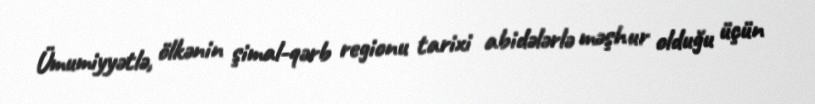
Ümumiyyətlə, ölkənin şimal-qərb regionu tarixi abidələrlə məşhur olduğu üçün